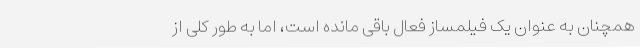
همچنان به عنوان یک فیلمساز فعال باقی مانده است، اما به طور کلی از